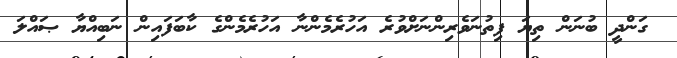
ގަންދީ ބުނަން ތިޔަ ފިތުނަވެރިންނަށްވުރެ އަހުރެމެންނާ އަހުރެމެންގެ ކާބަފައިން ނަބިއްޔާ ޞައްލަ